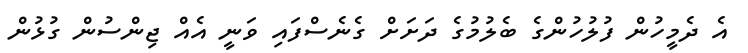
އެ ދެމީހުން ފުލުހުންގެ ބެލުމުގެ ދަށަށް ގެނެސްފައި ވަނީ އެއް ޖިންސުން ގުޅުން